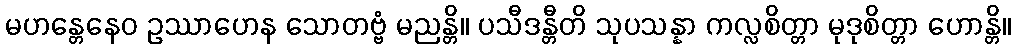
မဟန္တေနေဝ ဥဿာဟေန သောတဗ္ဗံ မညန္တိ။ ပသီဒန္တီတိ သုပသန္နာ ကလ္လစိတ္တာ မုဒုစိတ္တာ ဟောန္တိ။